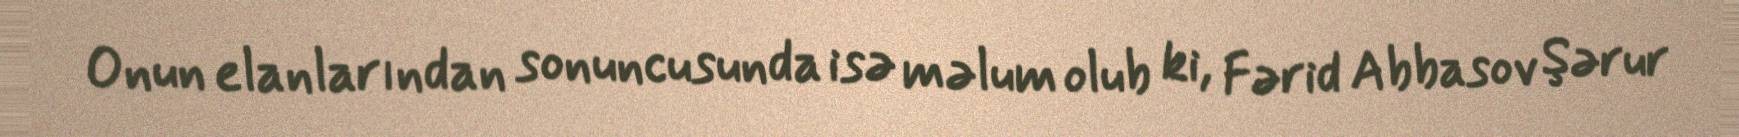
Onun elanlarından sonuncusunda isə məlum olub ki, Fərid Abbasov Şərur